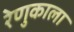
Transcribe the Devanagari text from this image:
रेणुकाला